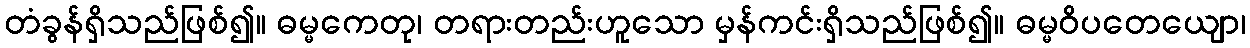
တံခွန်ရှိသည်ဖြစ်၍။ ဓမ္မကေတု၊ တရားတည်းဟူသော မှန်ကင်းရှိသည်ဖြစ်၍။ ဓမ္မဝိပတေယျော၊